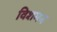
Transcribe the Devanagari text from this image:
विशमन